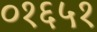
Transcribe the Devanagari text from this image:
०१६५१